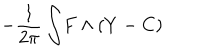
- { \frac { 1 } { 2 \pi } } \int \! F \wedge ( Y - C )